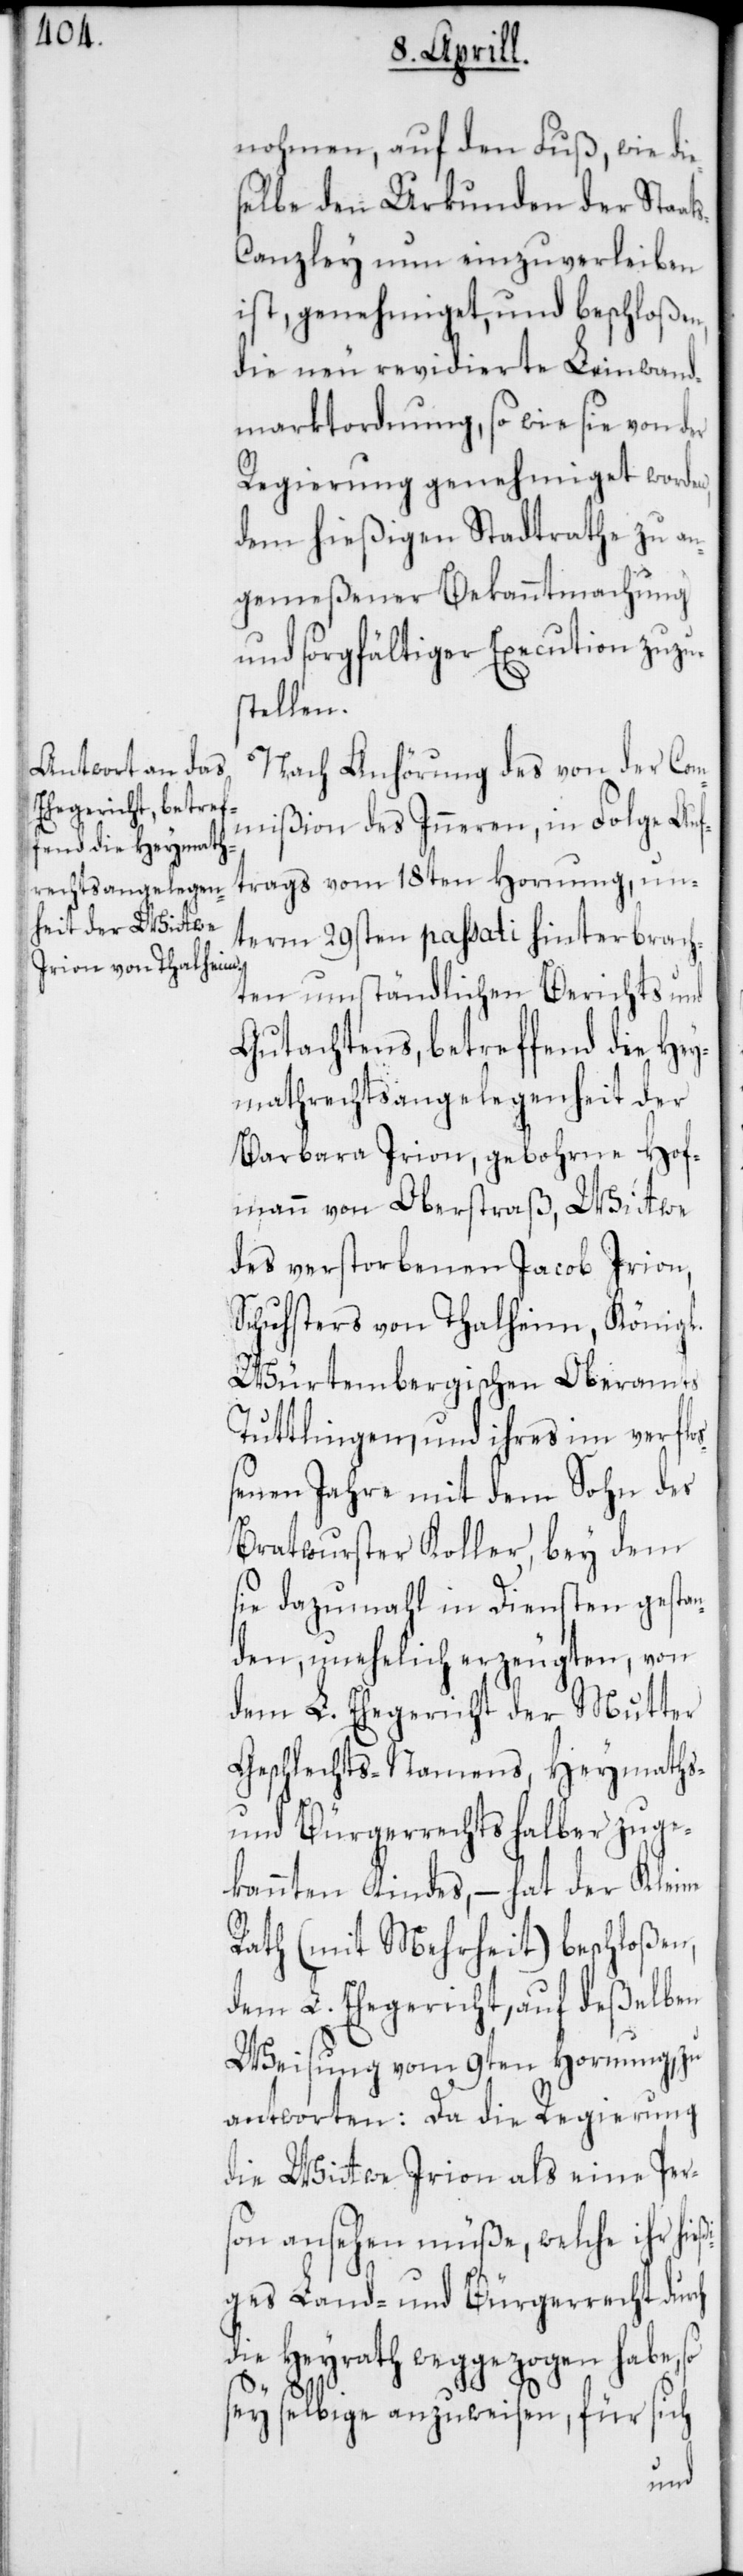
nohmen, auf den Fuß, wie die¬
selbe den Urkunden der Staat¬
scanzley nun einzuverleiben
ist, genehmiget, und beschloßen,
die neu revidierte Leinwand¬
marktordnung, so wie sie von der
Regierung genehmiget worden,
dem hießigen Stadtrathe zu an¬
gemeßener Bekanntmachung
und sorgfältiger Execution zuzus¬
tellen.
Nach Anhörung des von der Com¬
mißion des Inneren, in Folge Auf¬
trags vom 18ten Hornung, un¬
term 29sten passati hinterbrach¬
ten umständlichen Berichts und
Gutachtens, betreffend die Hey¬
mathrechtsangelegenheit der
Barbara Irion, gebohrne Hof¬
mann von Oberstraß, Witwe
des verstorbenen Jacob Irion,
Schusters von Thalheim, Königl.
Würtembergischen Oberamts
Tuttlingen, und ihres im verflo¬
ßenen Jahre mit dem Sohn des
Bratwurster Koller, bey dem
sie dazumahl in Diensten gestan¬
den, unehelich erzeugten, von
dem L. Ehegericht der Mutter
Geschlechts-Namens, Heymaths-
und Bürgerrechts halber zuge¬
kannten Kindes, – hat der Kleine
Rath (mit Mehrheit) beschloßen,
dem L. Ehegericht, auf deßelben
Weisung vom 9ten Hornung zu
antworten: Da die Regierung
die Witwe Irion als eine Pers¬
on ansehen müße, welche ihr hie¬
ßiges Land- und Bürgerrecht durch
die Heirat weggezogen habe, so
sey selbige anzuweisen, für sich